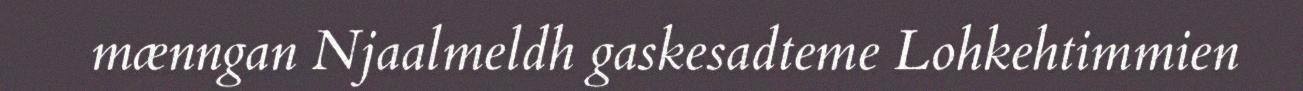
mænngan Njaalmeldh gaskesadteme Lohkehtimmien